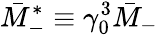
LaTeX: \bar{M}_{-}^{\ast}\equiv\gamma_{0}^{3}\bar{M}_{-}